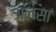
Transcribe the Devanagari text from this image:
अलसा